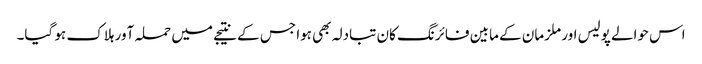
اس حوالے پولیس اور ملزمان کے مابین فائرنگ کان تبادلہ بھی ہوا جس کے نتیجے میں حملہ آور ہلاک ہو گیا۔